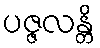
ပဇ္ဇလန္တိ